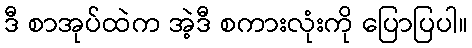
ဒီ စာအုပ်ထဲက အဲ့ဒီ စကားလုံးကို ပြောပြပါ။